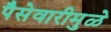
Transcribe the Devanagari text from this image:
पैसेवारीमुळे